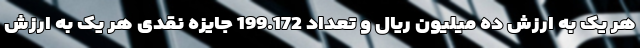
هر یک به ارزش ده میلیون ریال و تعداد 199.172 جایزه نقدی هر یک به ارزش